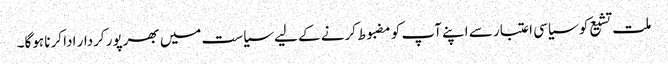
ملت تشیع کو سیاسی اعتبار سے اپنے آپ کو مضبوط کرنے کے لیے سیاست میں بھرپور کردار ادا کرنا ہوگا۔